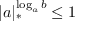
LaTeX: | a | _ { * } ^ { \log _ { a } b } \leq 1